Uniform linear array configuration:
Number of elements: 4
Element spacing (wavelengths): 0.75
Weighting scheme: cosine
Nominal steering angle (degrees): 30
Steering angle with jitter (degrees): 29.124
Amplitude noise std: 0.05
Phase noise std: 0.05

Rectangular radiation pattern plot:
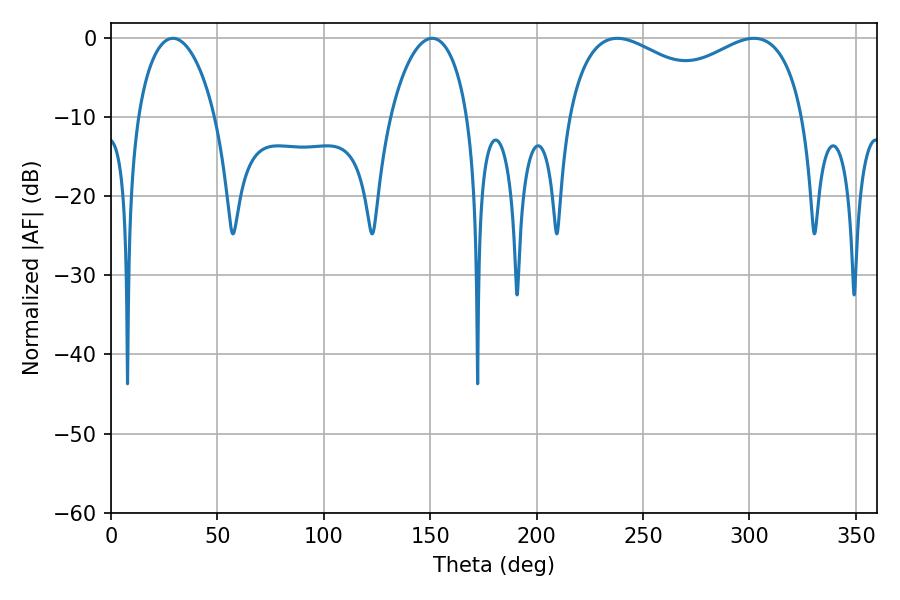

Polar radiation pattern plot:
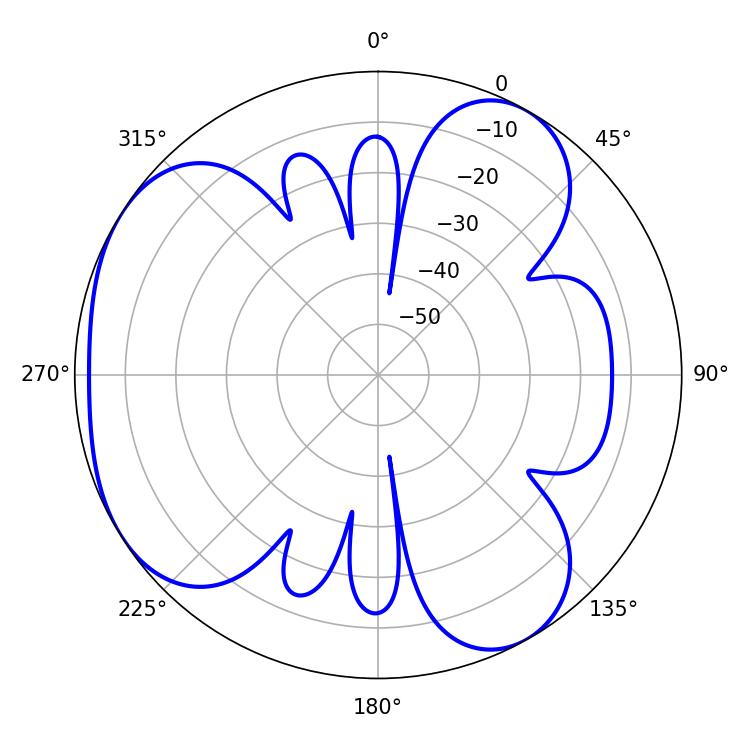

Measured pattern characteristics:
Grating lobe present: TRUE
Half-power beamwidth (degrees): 92.88
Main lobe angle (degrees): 237.96